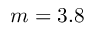
m = 3 . 8